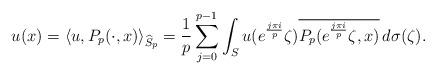
LaTeX: \begin{gather*}u(x)=\left\langle u, P_p(\cdot,x) \right\rangle_{\widehat{S}_p}=\frac{1}{p}\sum_{j=0}^{p-1}\int_S u(e^{\frac{j\pi i}{p}}\zeta)\overline{P_p(e^{\frac{j\pi i}{p}}\zeta ,x )}\, d\sigma(\zeta).\end{gather*}